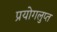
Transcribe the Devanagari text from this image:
प्रयोगलुप्त